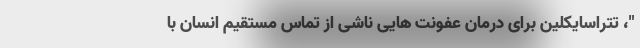
"، تتراسایکلین برای درمان عفونت هایی ناشی از تماس مستقیم انسان با